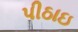
પીઠાઇ